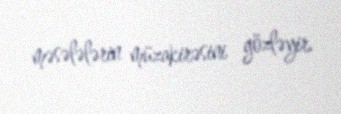
məsələlərin müzakirəsini gözləyir.